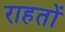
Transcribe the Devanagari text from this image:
राहतों